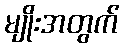
မျိုးအတွက်